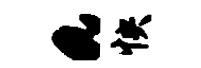
a怏